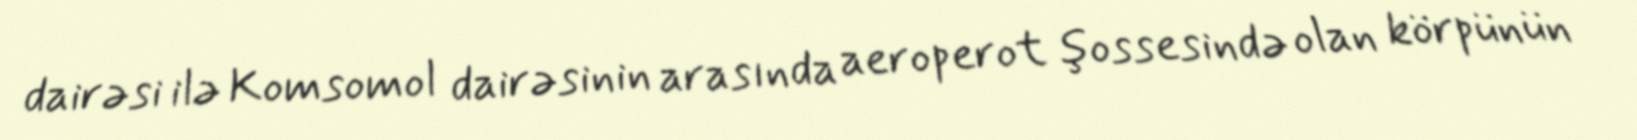
dairəsi ilə Komsomol dairəsinin arasında aeroperot şossesində olan körpünün